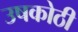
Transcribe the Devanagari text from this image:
उषकोठी